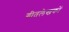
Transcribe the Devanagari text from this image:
गीतलेखकों